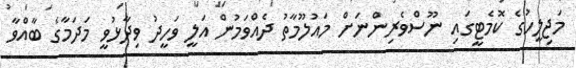
މަޖިލީހުގެ ކޮމެޓީގައި ނޫސްވެރިންނަށް މައުލޫމާތު ދެއްވަމުން އަލީ ވަހީދު ވިދާޅުވީ މަދަމާގެ ބާއްވާ